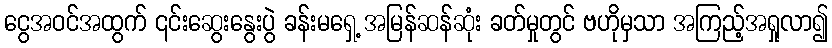
ငွေအဝင်အထွက် ၎င်းဆွေးနွေးပွဲ ခန်းမရှေ့ အမြန်ဆန်ဆုံး ခတ်မှုတွင် ဗဟိုမှသာ အကြည့်အရှုလာ၍